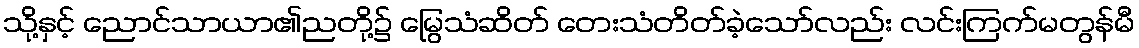
သို့နှင့် ညောင်သာယာ၏ညတို့၌ မြွေသံဆိတ် တေးသံတိတ်ခဲ့သော်လည်း လင်းကြက်မတွန်မီ